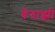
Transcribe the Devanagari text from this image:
बेंगाझी